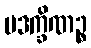
ပဒက္ခိဏဉ္စ